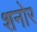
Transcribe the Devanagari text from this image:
शनोर